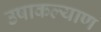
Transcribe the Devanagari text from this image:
उषाकल्याण